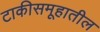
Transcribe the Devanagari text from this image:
टाकीसमूहातील